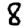
Digit: 8